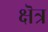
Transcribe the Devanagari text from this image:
क्षॆत्र